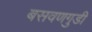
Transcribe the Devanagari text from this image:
बसवणगुडी